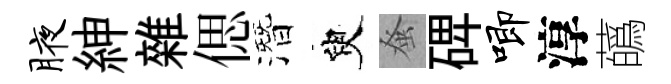
腋紳雜偲潛臾𫊫𥓓唧淳蘤